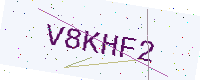
Text: V8KHF2